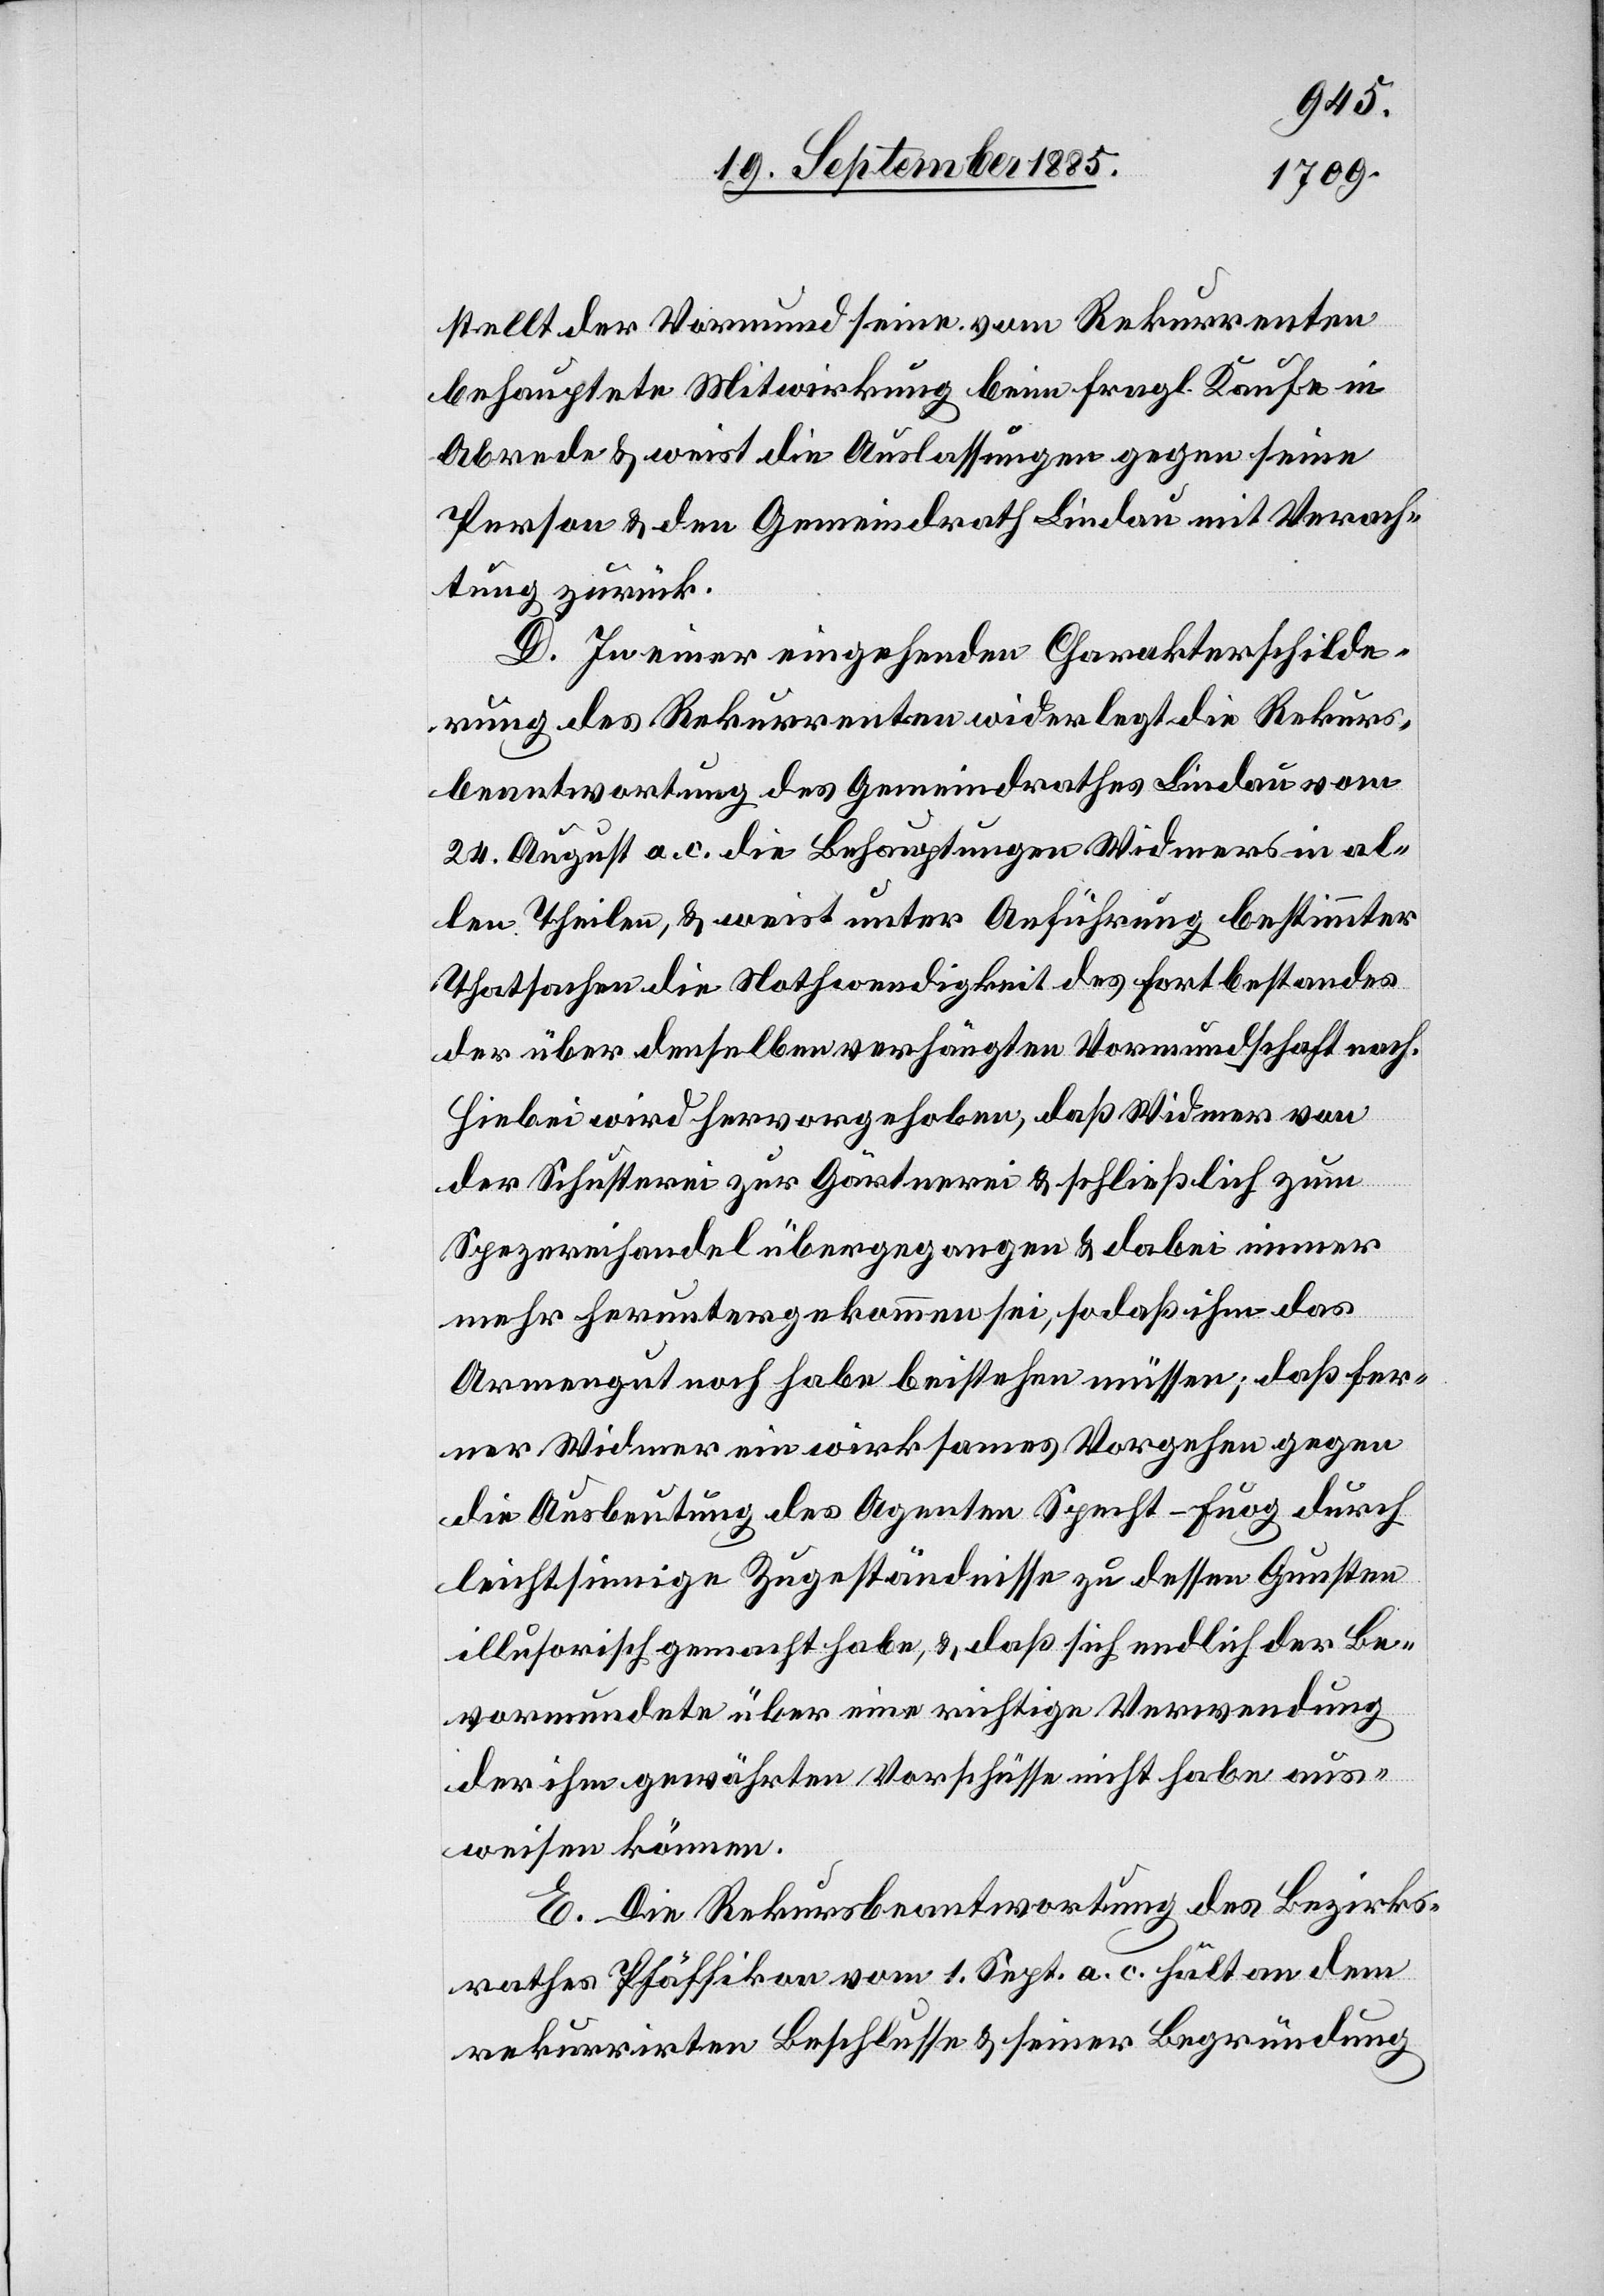
stellt der Vormund seine vom Rekurrenten
behauptete Mitwirkung beim fragl. Kaufe in
Abrede & weist die Auslassungen gegen seine
Person & den Gemeindrath Lindau mit Verach¬
tung zurück.
D. In einer eingehenden Charakterschilde¬
rung des Rekurrenten widerlegt die Rekurs¬
beantwortung des Gemeindrathes Lindau vom
24. August a. c. die Behauptungen Widmers in al¬
len Theilen, & weist unter Anführung bestimmter
Thatsachen die Nothwendigkeit des Fortbestandes
der über denselben verhängten Vormundschaft nach.
Hiebei wird hervorgehoben, daß Widmer von
der Schusterei zur Gärtnerei & schließlich zum
Spezereihandel übergegangen & dabei immer
mehr heruntergekommen sei, so daß ihm das
Armengut noch habe beistehen müssen; daß fer¬
ner Widmer ein wirksames Vorgehen gegen
die Ausbeutung des Agenten Specht-Fuog durch
leichtsinnige Zugeständnisse zu dessen Gunsten
illusorisch gemacht habe, & daß sich endlich der Be¬
vormundete über eine richtige Verwendung
der ihm gewährten Vorschüsse nicht habe aus¬
weisen können.
E. Die Rekursbeantwortung des Bezirks¬
rathes Pfäffikon vom 1. Sept. a. c. hält an dem
rekurrirten Beschlusse & seiner Begründung